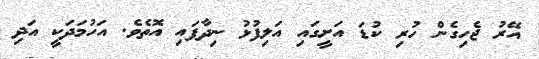
އޭރު ޖެހިގެން ހުރި ކުޑަ އަށީގައި އަލިފުޅު ނިދާފައި އޮތެވެ. އަހުމަދަކީ އަދި